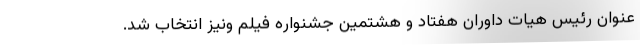
عنوان رئیس هیات داوران هفتاد و هشتمین جشنواره فیلم ونیز انتخاب شد.